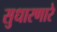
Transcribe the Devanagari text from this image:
सुधारणारे